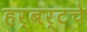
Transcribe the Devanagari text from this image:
हर्बर्टचे